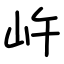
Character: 㞰